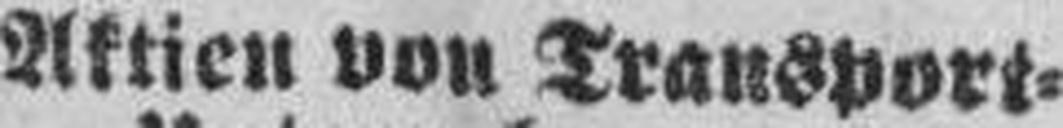
Aktien von Transport=